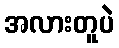
အလားတူပဲ